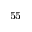
^ { 5 5 }